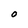
Character: O